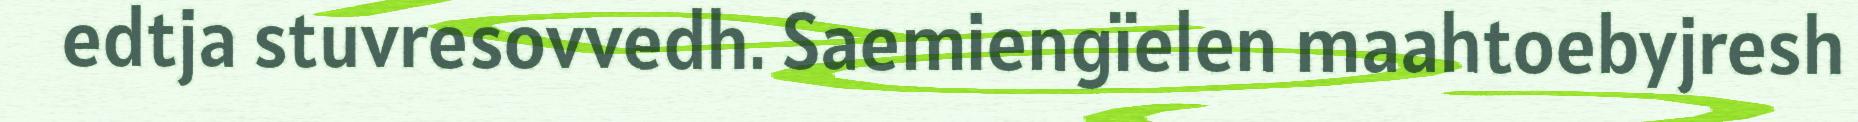
edtja stuvresovvedh. Saemiengïelen maahtoebyjresh